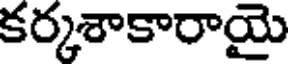
కర్కశాకారాయై